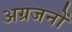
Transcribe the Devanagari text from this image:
अग्रजनों